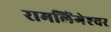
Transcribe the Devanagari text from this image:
रामलिंगेश्‍वर